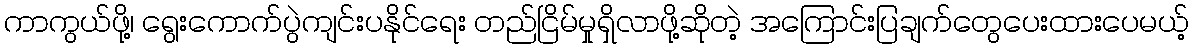
ကာကွယ်ဖို့၊ ရွေးကောက်ပွဲကျင်းပနိုင်ရေး တည်ငြိမ်မှုရှိလာဖို့ဆိုတဲ့ အကြောင်းပြချက်တွေပေးထားပေမယ့်